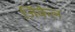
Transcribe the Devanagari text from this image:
जिंकेल